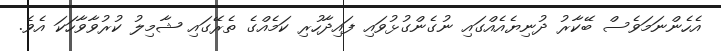
އެހެންނަމަވެސް ބޭކާރު ދުނިޔެއެއްގައި ނުގެންގުޅުވައި ފައިދާހުރި ކަމެއްގެ ތެރޭގައި ޝާމިލު ކުރުވާވާހަކަ އެވެ.